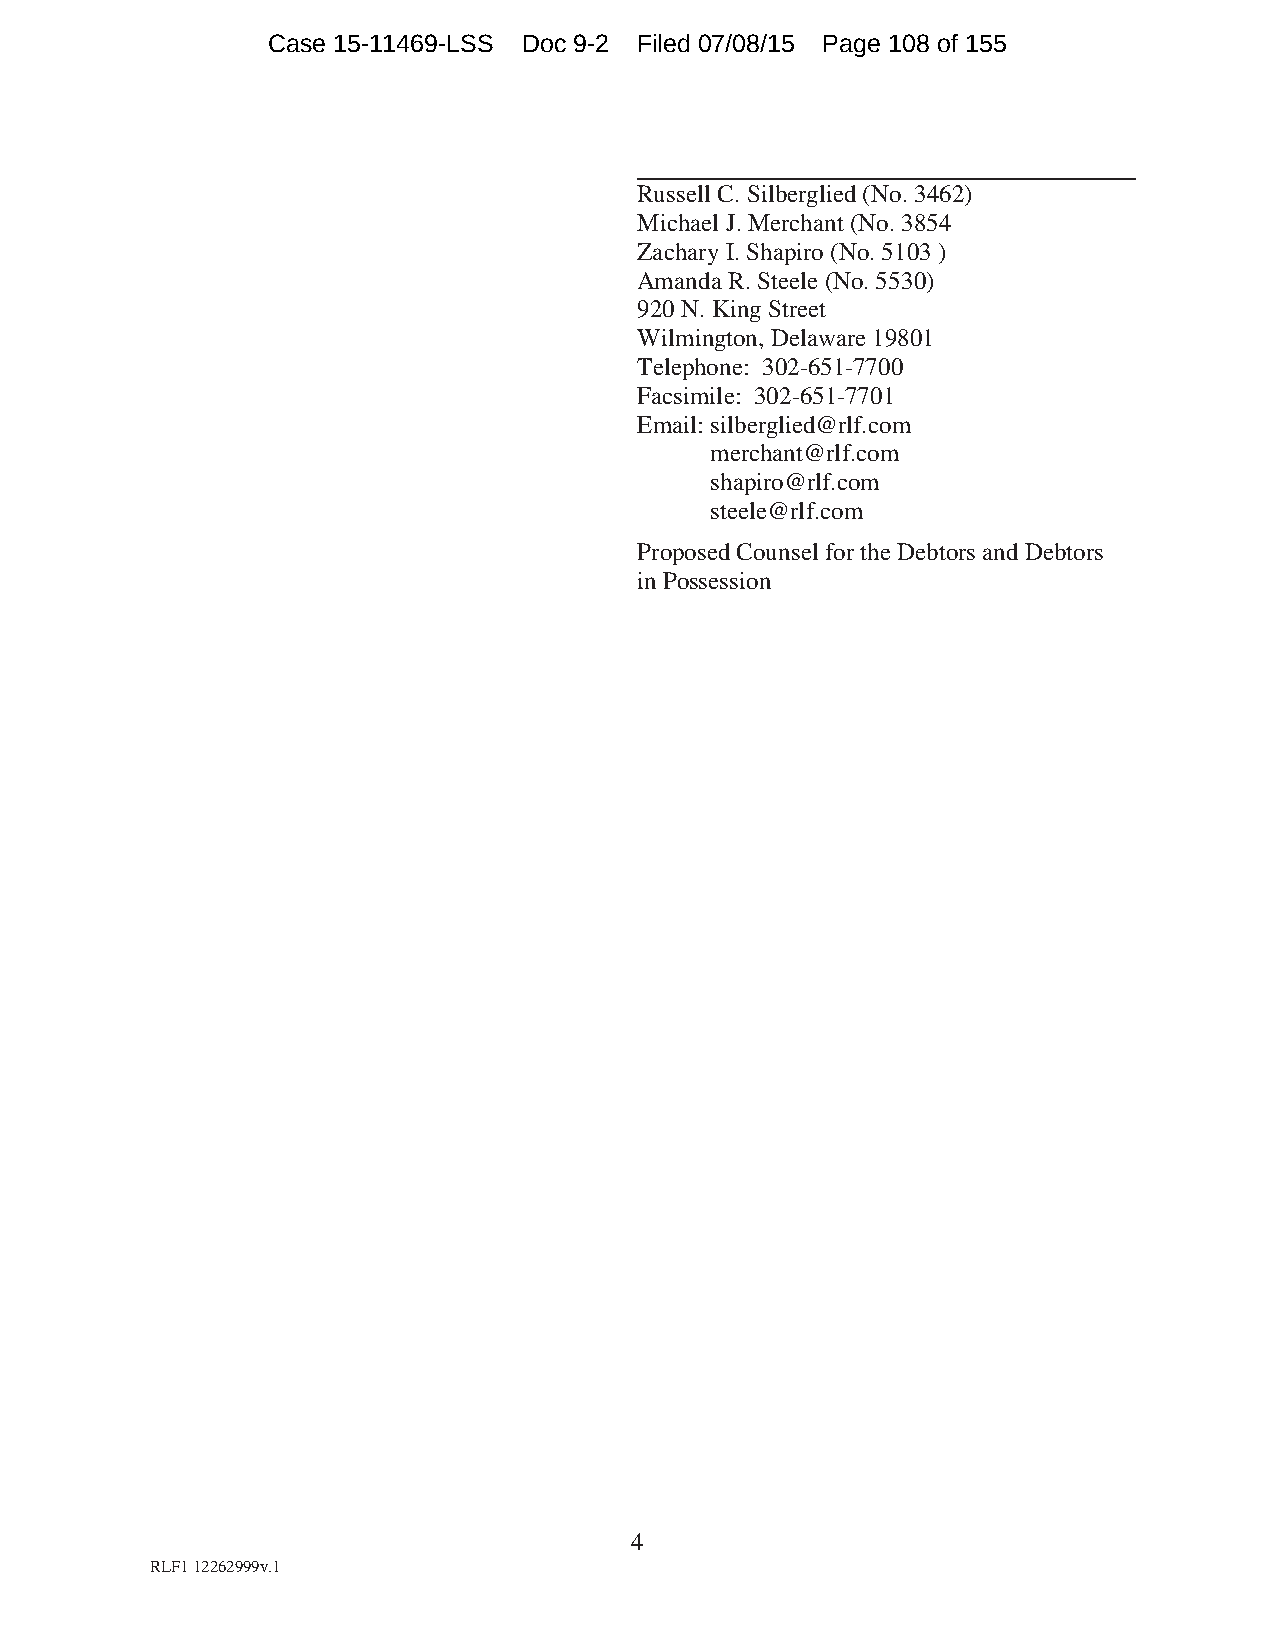
Case 15-11469-LSS Doc 9-2 Filed 07/08/15 Page 108 of 155
 Russell C. Silberglied (No. 3462)
 Michael J. Merchant (No. 3854
 Zachary I. Shapiro (No. 5103 )
 Amanda R. Steele (No. 5530)
 920 N. King Street
 Wilmington, Delaware 19801
 Telephone: 302-651-7700
 Facsimile: 302-651-7701
 Email: silberglied@rlf.com
 merchant@rlf.com
 shapiro@rlf.com
 steele@rlf.com
 Proposed Counsel for the Debtors and Debtors
 in Possession
 4
 RLF1 12262999v.1